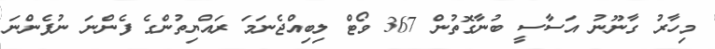
މިހާރު ގާނޫނު އަސާސީ ބުނާގޮތުން 367 ވޯޓް ލިބިއްޖެނަމަ ރައްޔިތުންގެ ފެންނަ ނުފެންނަ